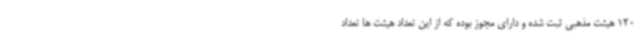
120 هیئت مذهبی ثبت شده و دارای مجوز بوده که از این تعداد هیئت ها تعداد